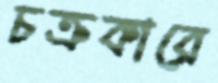
চক্রকারে